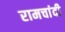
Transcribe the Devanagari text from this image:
रामचांदी